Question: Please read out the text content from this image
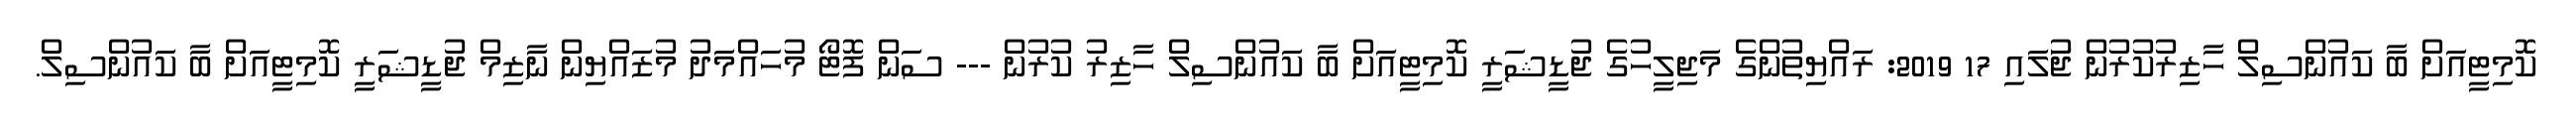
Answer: ކޮމިޓީއަށް ބާ ކައުންސިލް ހާޒިރުކުރުން ޖުަލައި 17 2019: ރައްޔިތުންގެ މަޖިލީހުގެ ޖުޑީޝަރީ ކޮމިޓީއަށް ބާ ކައުންސިލް ހާޒިރު ކުރުން --- ސަން ފޮޓޯ މުހައްމަދު މުޒައްޔިން ނާޒިމް ޖުޑީޝަރީ ކޮމިޓީއަށް ބާ ކައުންސިލް.